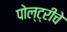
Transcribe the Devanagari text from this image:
पोल्ट्रीचे